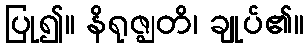
ပြု၍။ နိရုဇ္ဈတိ၊ ချုပ်၏။